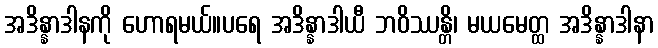
အဒိန္နာဒါနကို ဟောရမယ်။ပရေ အဒိန္နာဒါယီ ဘဝိဿန္တိ၊ မယမေတ္ထ အဒိန္နာဒါနာ